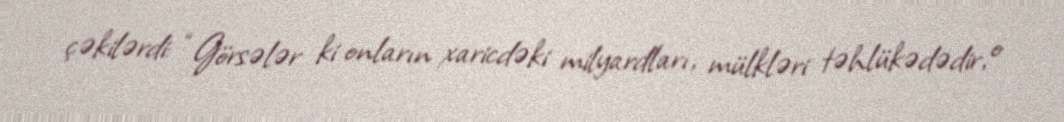
çəkilərdi: “Görsələr ki onların xaricdəki milyardları, mülkləri təhlükədədir, o